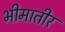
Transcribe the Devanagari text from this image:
भीमातीर